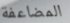
المضاعفة